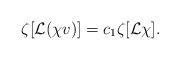
LaTeX: \begin{align*}\zeta[{\mathcal L}(\chi v)]=c_1\zeta[{\mathcal L}\chi].\end{align*}